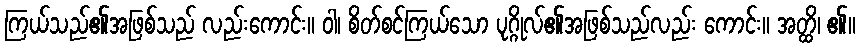
ကြယ်သည်၏အဖြစ်သည် လည်းကောင်း။ ဝါ၊ စိတ်စင်ကြယ်သော ပုဂ္ဂိုလ်၏အဖြစ်သည်လည်း ကောင်း။ အတ္ထိ၊ ၏။